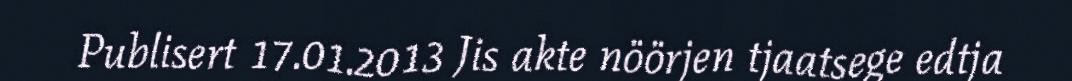
Publisert 17.01.2013 Jis akte nöörjen tjaatsege edtja